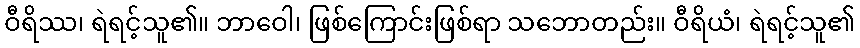
ဝီရိဿ၊ ရဲရင့်သူ၏။ ဘာဝေါ၊ ဖြစ်ကြောင်းဖြစ်ရာ သဘောတည်း။ ဝီရိယံ၊ ရဲရင့်သူ၏